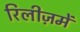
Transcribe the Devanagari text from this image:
रिलीज़में